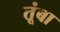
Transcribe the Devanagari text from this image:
तूंबा